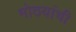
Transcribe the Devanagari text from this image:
मोठयांची